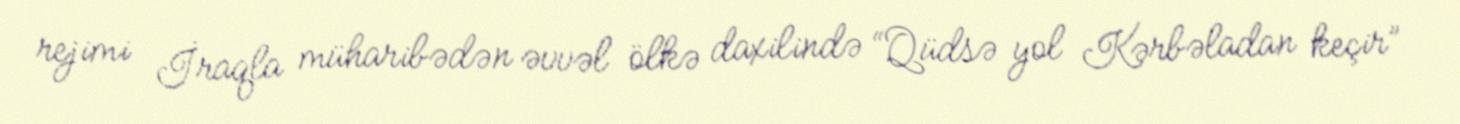
rejimi İraqla müharibədən əvvəl ölkə daxilində “Qüdsə yol Kərbəladan keçir”